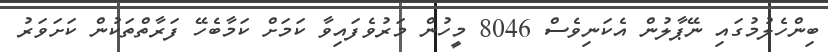
ބިންހެލުމުގައި ނޭޕާލުން އެކަނިވެސް 8046 މީހުން މަރުވެފައިވާ ކަމަށް ކަމާބެހޭ ފަރާތްތަކުން ކަށަވަރު